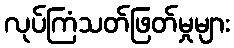
လုပ်ကြံသတ်ဖြတ်မှုများ